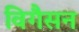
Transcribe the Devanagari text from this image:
विगैसन